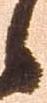
候